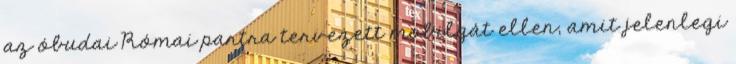
az óbudai Római partra tervezett mobilgát ellen, amit jelenlegi